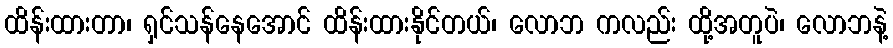
ထိန်းထားတာ၊ ရှင်သန်နေအောင် ထိန်းထားနိုင်တယ်၊ လောဘ ကလည်း ထို့အတူပဲ၊ လောဘနဲ့